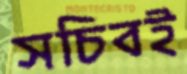
সচিবই